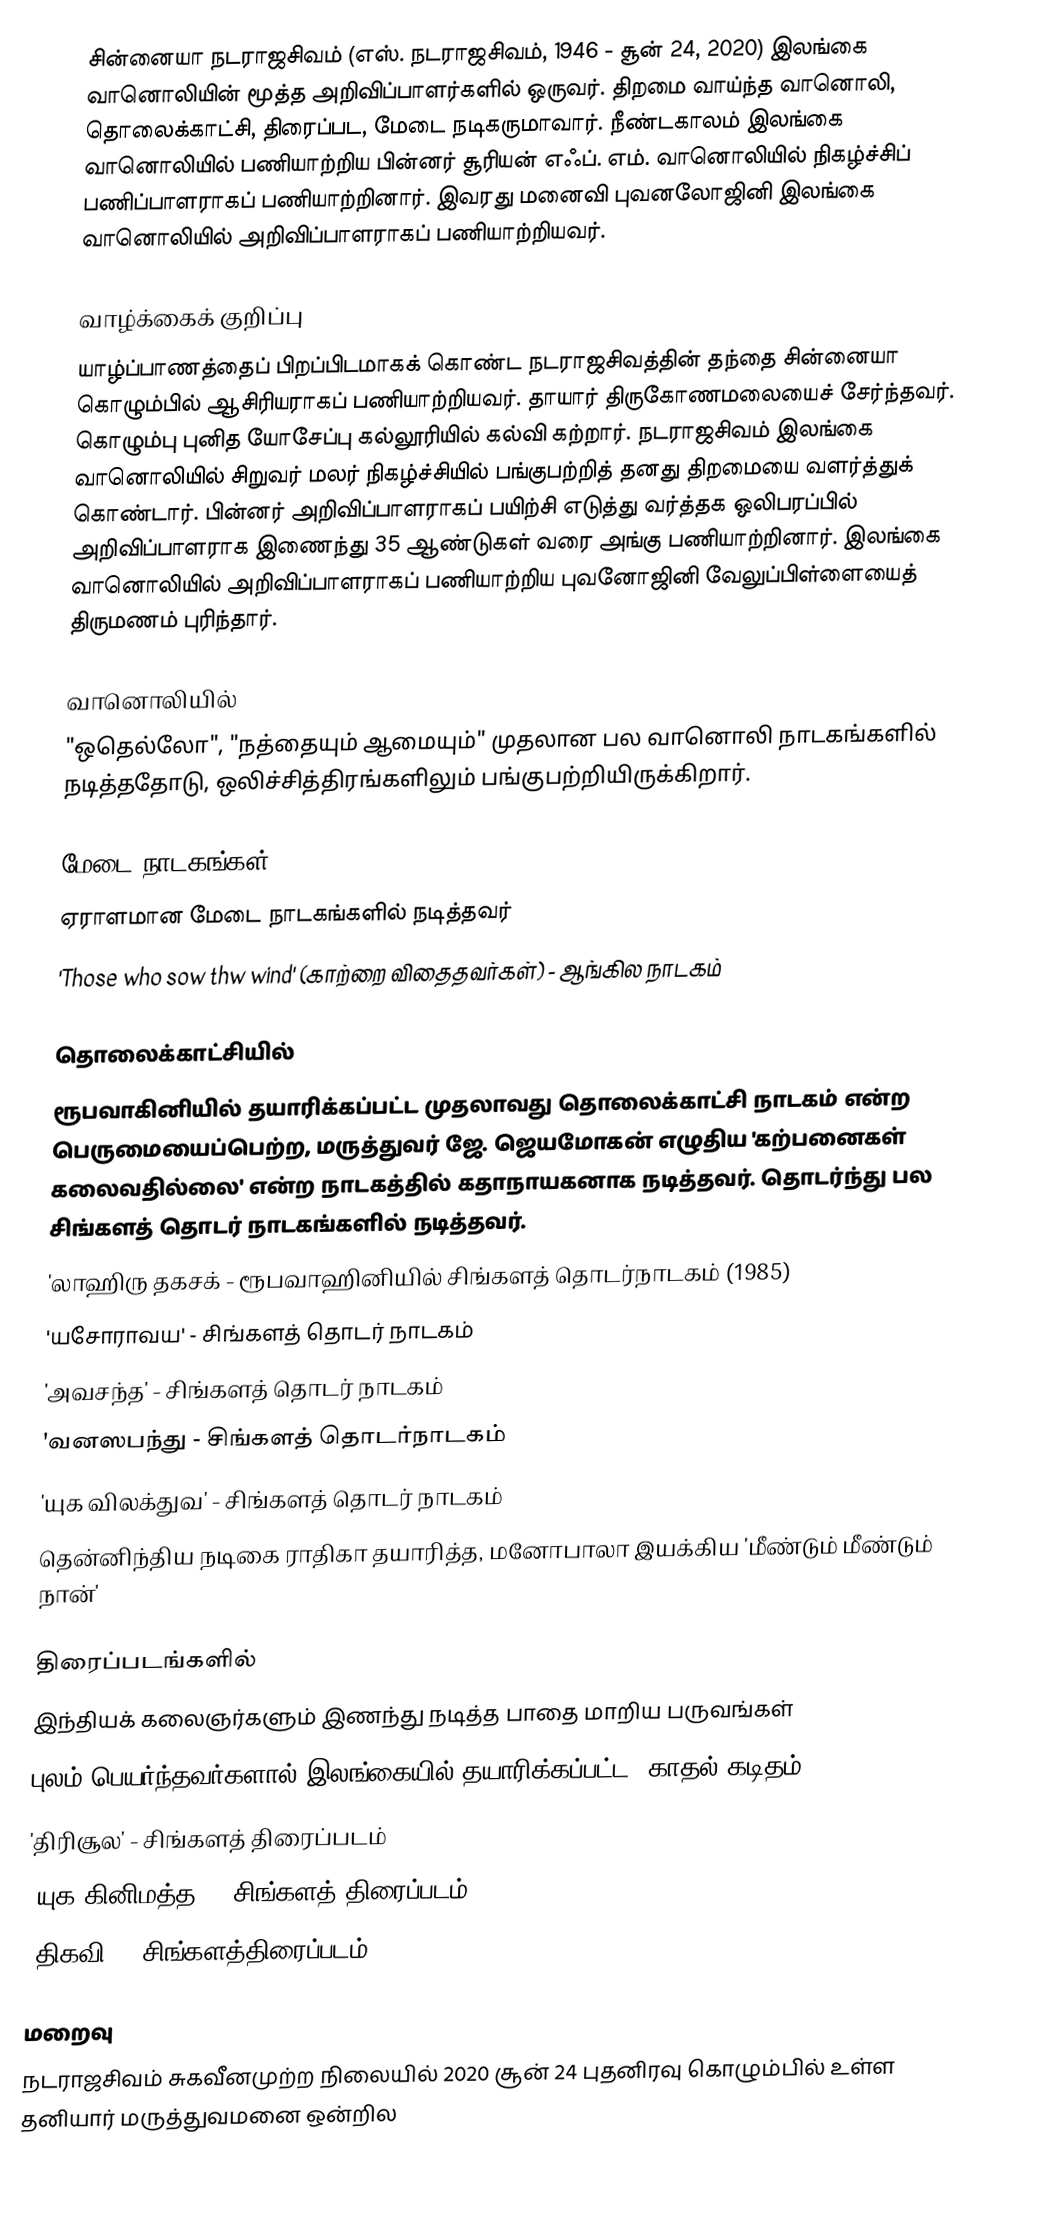
சின்னையா நடராஜசிவம் (எஸ். நடராஜசிவம், 1946 - சூன் 24, 2020) இலங்கை வானொலியின் மூத்த அறிவிப்பாளர்களில் ஒருவர். திறமை வாய்ந்த வானொலி, தொலைக்காட்சி, திரைப்பட, மேடை நடிகருமாவார். நீண்டகாலம் இலங்கை வானொலியில் பணியாற்றிய பின்னர் சூரியன் எஃப். எம். வானொலியில் நிகழ்ச்சிப் பணிப்பாளராகப் பணியாற்றினார். இவரது மனைவி புவனலோஜினி இலங்கை வானொலியில் அறிவிப்பாளராகப் பணியாற்றியவர்.

வாழ்க்கைக் குறிப்பு
யாழ்ப்பாணத்தைப் பிறப்பிடமாகக் கொண்ட நடராஜசிவத்தின் தந்தை சின்னையா கொழும்பில் ஆசிரியராகப் பணியாற்றியவர். தாயார் திருகோணமலையைச் சேர்ந்தவர். கொழும்பு புனித யோசேப்பு கல்லூரியில் கல்வி கற்றார். நடராஜசிவம் இலங்கை வானொலியில் சிறுவர் மலர் நிகழ்ச்சியில் பங்குபற்றித் தனது திறமையை வளர்த்துக் கொண்டார். பின்னர் அறிவிப்பாளராகப் பயிற்சி எடுத்து வர்த்தக ஒலிபரப்பில் அறிவிப்பாளராக இணைந்து 35 ஆண்டுகள் வரை அங்கு பணியாற்றினார். இலங்கை வானொலியில் அறிவிப்பாளராகப் பணியாற்றிய புவனோஜினி வேலுப்பிள்ளையைத் திருமணம் புரிந்தார்.

வானொலியில்
"ஒதெல்லோ", "நத்தையும் ஆமையும்" முதலான பல வானொலி நாடகங்களில் நடித்ததோடு, ஒலிச்சித்திரங்களிலும் பங்குபற்றியிருக்கிறார்.

மேடை நாடகங்கள்
ஏராளமான மேடை நாடகங்களில் நடித்தவர்
 'Those who sow thw wind' (காற்றை விதைதவர்கள்) - ஆங்கில நாடகம்

தொலைக்காட்சியில்
ரூபவாகினியில் தயாரிக்கப்பட்ட முதலாவது தொலைக்காட்சி நாடகம் என்ற பெருமையைப்பெற்ற, மருத்துவர் ஜே. ஜெயமோகன் எழுதிய 'கற்பனைகள் கலைவதில்லை' என்ற நாடகத்தில் கதாநாயகனாக நடித்தவர். தொடர்ந்து பல சிங்களத் தொடர் நாடகங்களில் நடித்தவர்.
 'லாஹிரு தகசக் - ரூபவாஹினியில் சிங்களத் தொடர்நாடகம் (1985)
 'யசோராவய' - சிங்களத் தொடர் நாடகம்
 'அவசந்த' - சிங்களத் தொடர் நாடகம்
 'வனஸபந்து - சிங்களத் தொடர்நாடகம்
 'யுக விலக்துவ' - சிங்களத் தொடர் நாடகம்
 தென்னிந்திய நடிகை ராதிகா தயாரித்த, மனோபாலா இயக்கிய 'மீண்டும் மீண்டும் நான்'

திரைப்படங்களில்
 இந்தியக் கலைஞர்களும் இணந்து நடித்த பாதை மாறிய பருவங்கள்
 புலம் பெயர்ந்தவர்களால் இலங்கையில் தயாரிக்கப்பட்ட 'காதல் கடிதம்'
 'திரிசூல' - சிங்களத் திரைப்படம்
 'யுக கினிமத்த' - சிங்களத் திரைப்படம்
 'திகவி' - சிங்களத்திரைப்படம்

மறைவு
நடராஜசிவம் சுகவீனமுற்ற நிலையில் 2020 சூன் 24 புதனிரவு கொழும்பில் உள்ள தனியார் மருத்துவமனை ஒன்றில